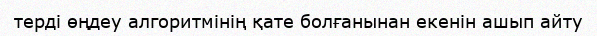
терді өңдеу алгоритмінің қате болғанынан екенін ашып айту